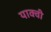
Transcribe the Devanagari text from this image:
याक्वी